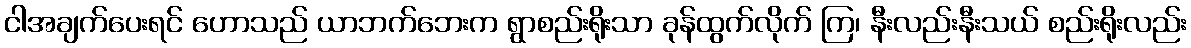
ငါအချက်ပေးရင် ဟောသည် ယာဘက်ဘေးက ရွာစည်းရိုးသာ ခုန်ထွက်လိုက် ကြ၊ နီးလည်းနီးသယ် စည်းရိုးလည်း